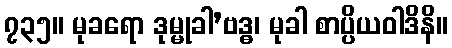
၇၃၅။ မုခရော ဒုမ္မုခါ’ဗဒ္ဓ၊ မုခါ စာပ္ပိယဝါဒိနိ။